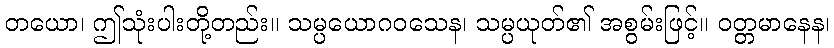
တယော၊ ဤသုံးပါးတို့တည်း။ သမ္ပယောဂဝသေန၊ သမ္ပယုတ်၏ အစွမ်းဖြင့်။ ဝတ္တမာနေန၊